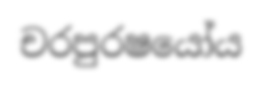
චරපුරෂයෝය